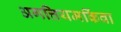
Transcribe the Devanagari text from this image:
अगत्तियमकिंवा